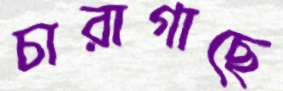
চারাগাছে